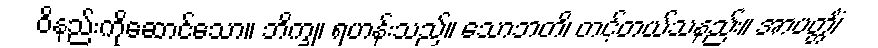
ဝိနည်းကိုဆောင်သော။ ဘိက္ခု၊ ရဟန်းသည်။ သောဘတိ၊ တင့်တယ်သနည်း။ အာပတ္တိံ၊